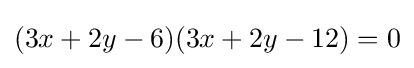
(3x+2y-6)(3x+2y-12)=0